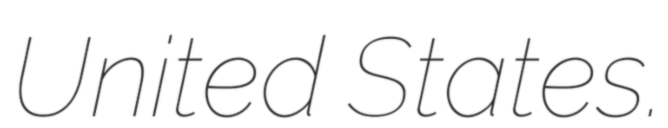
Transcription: United States.